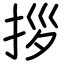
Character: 拶